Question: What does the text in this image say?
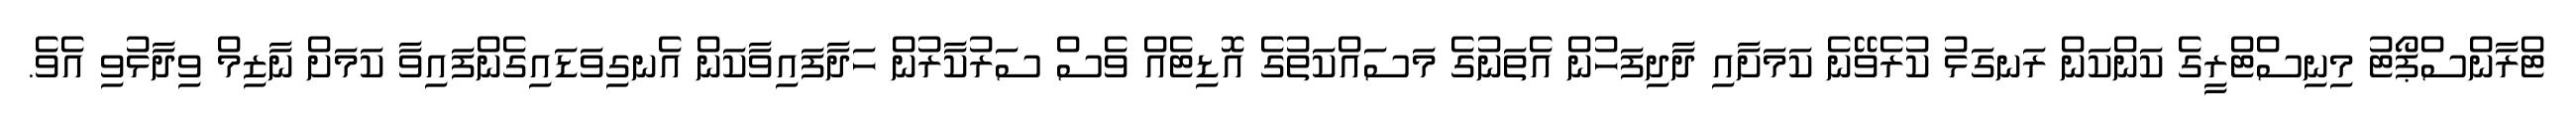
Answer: ޓްރާންސްޕޯޓު މިނިސްޓްރީގެ ކަންކަން ރަނގަޅު ކުރެވޭނެ ކަމަށާއި ދާދިފަހުން އެތަނުގެ މަސައްކަތުގެ އޮޑިޓެއް ވެސް ސަރުކާރުން ހަދާފައިވާކަން އެނގިވަޑައިގެންފައިވާ ކަމަށް ނާޒިމް ވިދާޅުވި އެވެ.